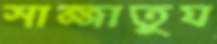
সাজ্জাতুয